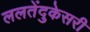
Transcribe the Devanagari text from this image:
ललतेंदुकेसरी